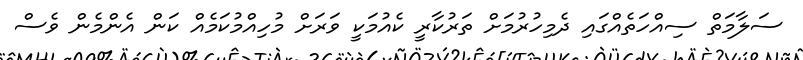
ސަލާމަތް ސިއްހަތެއްގައި ދެމިހުރުމަށް ތަރުކާރީ ކެއުމަކީ ވަރަށް މުހިއްމުކަމެއް ކަން އެންމެން ވެސް